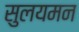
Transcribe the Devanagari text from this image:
सुलयमन